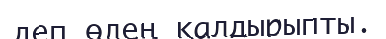
деп өлең қалдырыпты.